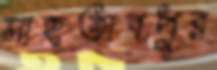
মাহতাবপুর